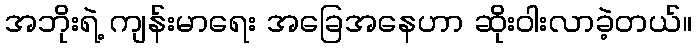
အဘိုးရဲ့ ကျန်းမာရေး အခြေအနေဟာ ဆိုးဝါးလာခဲ့တယ်။